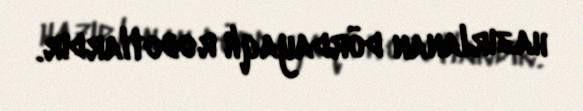
hazırlanan dördayaqlı robotlardır.